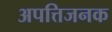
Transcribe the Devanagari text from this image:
अपत्तिजनक